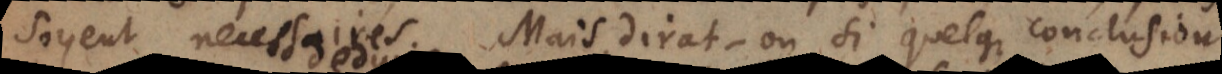
soyent necessaires. Mais, dirat‐on, si quelque conclusion